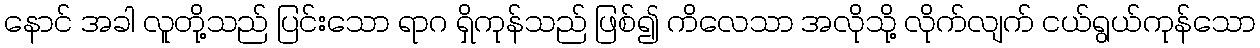
နောင် အခါ လူတို့သည် ပြင်းသော ရာဂ ရှိကုန်သည် ဖြစ်၍ ကိလေသာ အလိုသို့ လိုက်လျက် ငယ်ရွယ်ကုန်သော